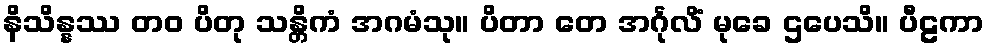
နိသိန္နဿ တဝ ပိတု သန္တိကံ အဂမံသု။ ပိတာ တေ အင်္ဂုလိံ မုခေ ဌပေသိ။ ပီဠကာ